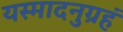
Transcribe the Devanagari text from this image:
यस्मादनुग्रहं